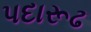
પદારૂઢ